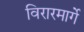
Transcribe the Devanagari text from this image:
विरारमार्गे